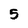
Character: 5